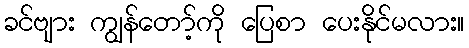
ခင်ဗျား ကျွန်တော့်ကို ပြေစာ ပေးနိုင်မလား။